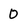
Character: 0